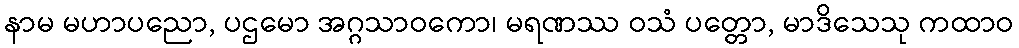
နာမ မဟာပညော, ပဌမော အဂ္ဂသာဝကော၊ မရဏဿ ဝသံ ပတ္တော, မာဒိသေသု ကထာဝ